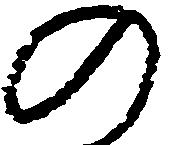
の